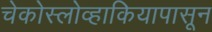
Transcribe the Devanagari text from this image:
चेकोस्लोव्हाकियापासून